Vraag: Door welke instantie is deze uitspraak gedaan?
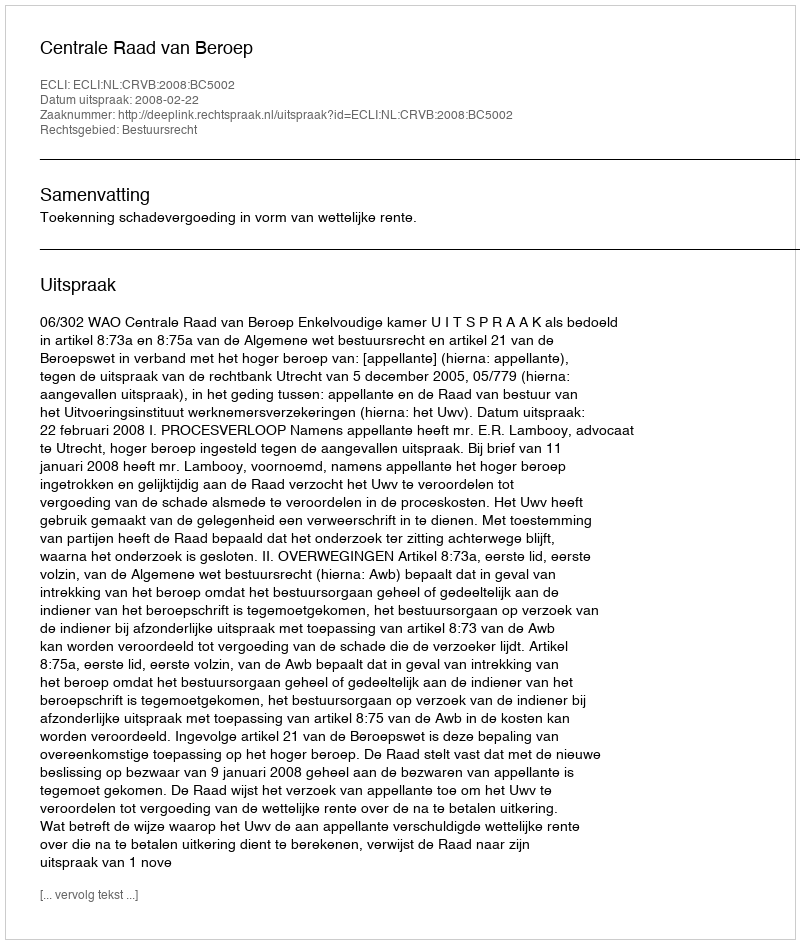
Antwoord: Centrale Raad van Beroep